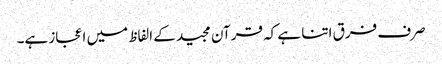
صرف فرق اتنا ہے کہ قرآن مجید کے الفاظ میں اعجاز ہے۔